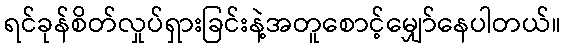
ရင်ခုန်စိတ်လှုပ်ရှားခြင်းနဲ့အတူစောင့်မျှော်နေပါတယ်။